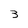
Character: 3